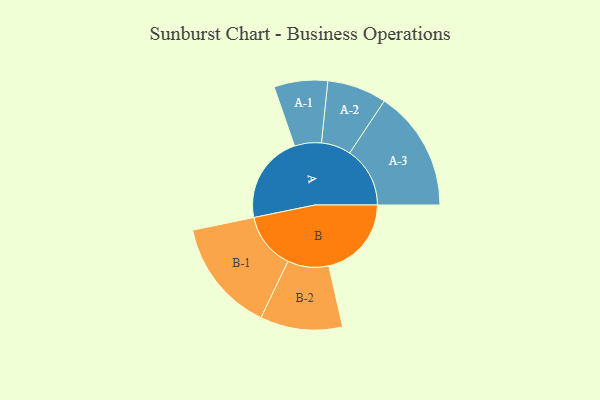
{"axis": {"x": "Segment", "y": "Value"}, "legend": ["", "A", "B"], "data": [{"x": "A", "y": 419, "type": ""}, {"x": "B", "y": 392, "type": ""}, {"x": "A-1", "y": 127, "type": "A"}, {"x": "A-2", "y": 141, "type": "A"}, {"x": "A-3", "y": 286, "type": "A"}, {"x": "B-1", "y": 268, "type": "B"}, {"x": "B-2", "y": 195, "type": "B"}]}